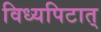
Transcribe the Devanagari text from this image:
विध्यपिटात्